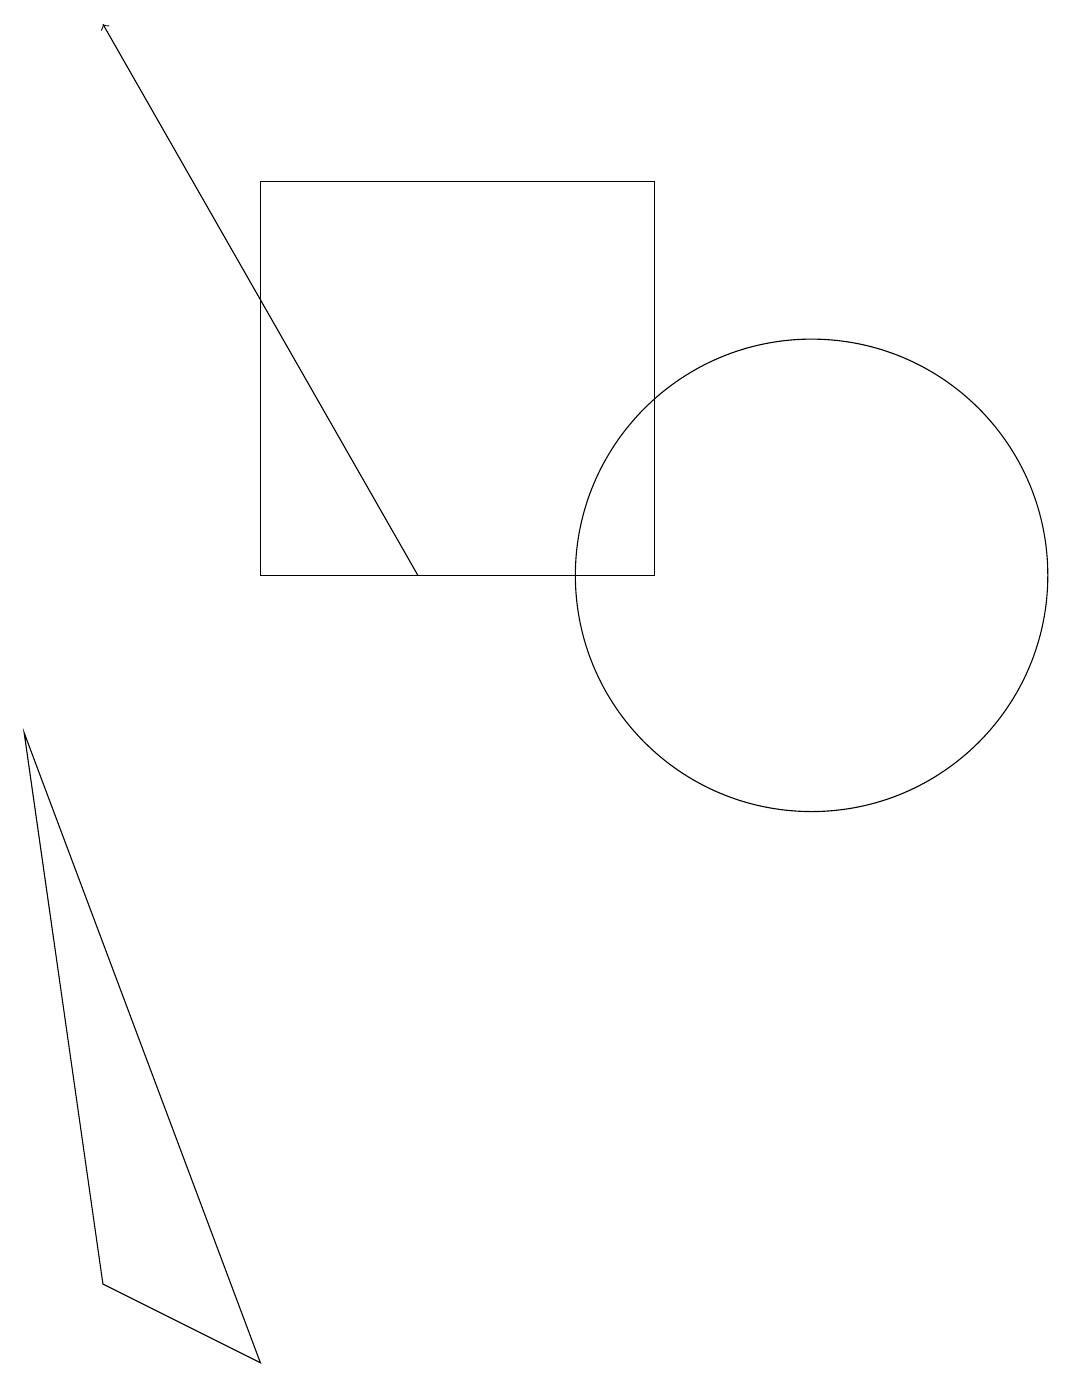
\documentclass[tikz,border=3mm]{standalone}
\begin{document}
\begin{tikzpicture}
\draw (4,1) -- (1,9) -- (2,2) -- cycle;
\draw (11,11) circle (3);
\draw (9,11) rectangle (4,16);
\draw[->] (6,11) -- (2,18);
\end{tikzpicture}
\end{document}